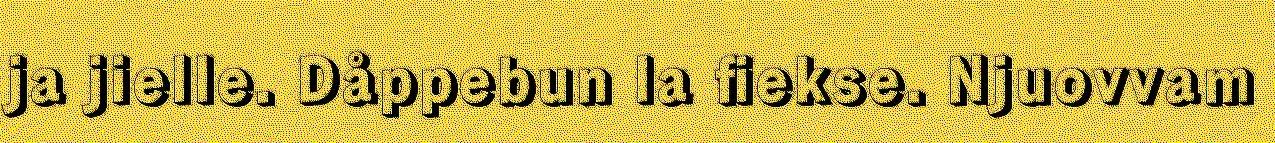
ja jielle. Dåppebun la fiekse. Njuovvam